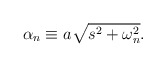
\begin{align*}\alpha_{n}\equiv a\sqrt{s^{2}+\omega_{n}^{2}}.\end{align*}